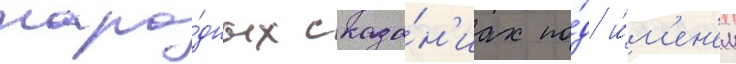
наро́дных сказа́н'иах по́д и́м'ен'ем